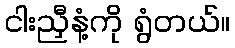
ငါးညှီနံ့ကို ရွံတယ်။